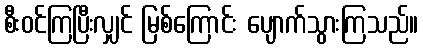
စီးဝင်ကြပြီးလျှင် မြစ်ကြောင်း ပျောက်သွားကြသည်။